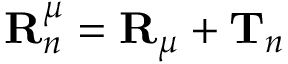
\mathbf { R } _ { n } ^ { \mu } = \mathbf { R } _ { \mu } + \mathbf { T } _ { n }